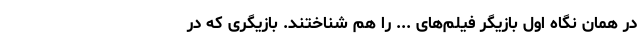
در همان نگاه اول بازیگر فیلم‌های ... را هم شناختند. بازیگری که در